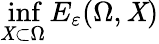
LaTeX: \operatorname*{inf}_{\mathit{X}\subset\Omega}E_{\varepsilon}(\Omega,\mathit{X})